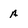
Character: a